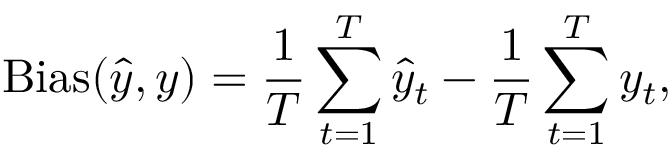
\mathrm { B i a s } ( \hat { y } , y ) = \frac { 1 } { T } \sum _ { t = 1 } ^ { T } \hat { y } _ { t } - \frac { 1 } { T } \sum _ { t = 1 } ^ { T } y _ { t } ,